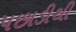
પછાડીથી